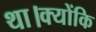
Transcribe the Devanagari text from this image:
था।क्योंकि